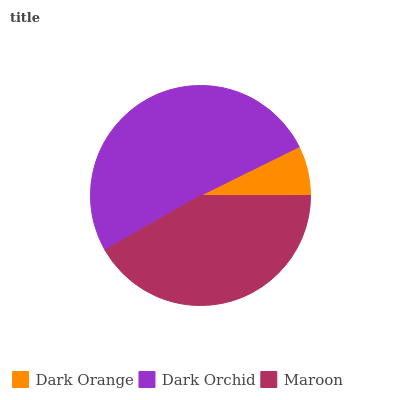
| Dark Orange | Dark Orchid | Maroon |
 | --- | --- | --- |
 | 7.31% | 51% | 41.7% |